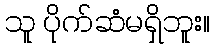
သူ ပိုက်ဆံမရှိဘူး။